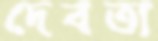
দেবতা